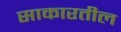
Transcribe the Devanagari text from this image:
साकारतील